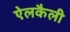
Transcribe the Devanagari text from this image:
ऐलकैली